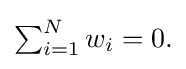
{\textstyle \sum _{i=1}^{N}w_{i}=0.}